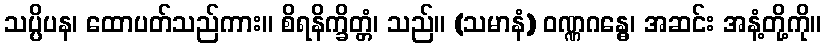
သပ္ပိပန၊ ထောပတ်သည်ကား။ စိရနိက္ခိတ္တံ၊ သည်။ (သမာနံ) ဝဏ္ဏဂန္ဓေ၊ အဆင်း အနံ့တို့ကို။